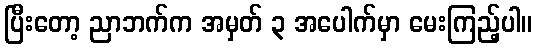
ပြီးတော့ ညာဘက်က အမှတ် ၃ အပေါက်မှာ မေးကြည့်ပါ။